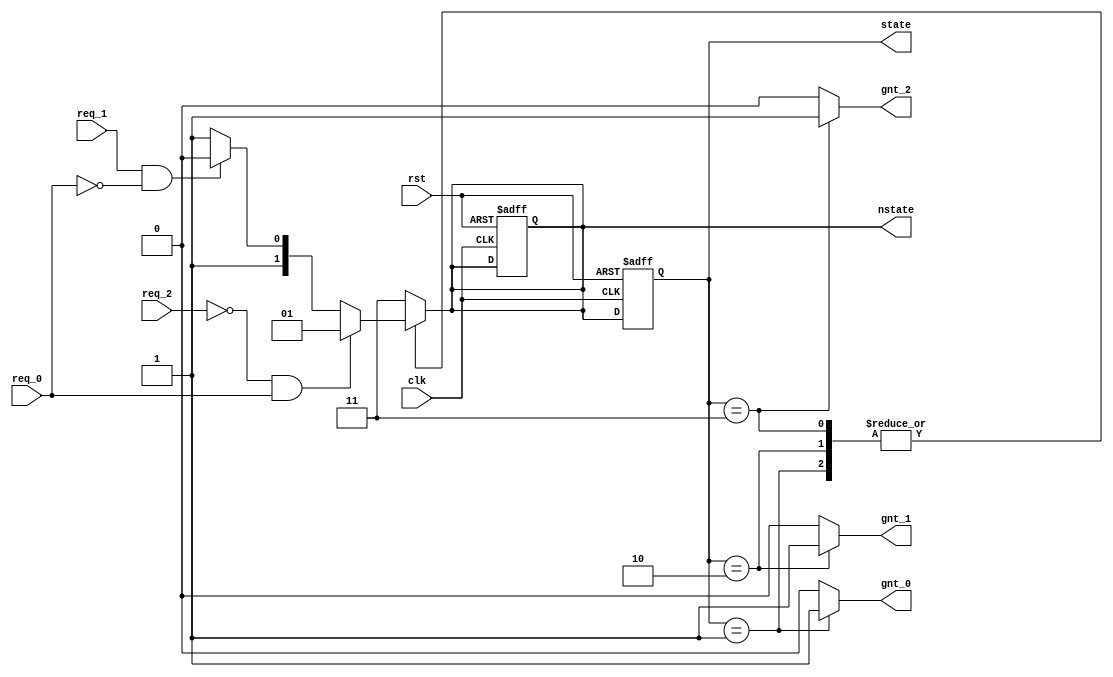
module arbiter(
    req_0,
    req_1,
    req_2, 
    clk, 
    rst, 
    gnt_0, 
    gnt_1, 
    gnt_2,
    state,
    nstate
    );
    
    input  req_0; 
    input  req_1;
    input  req_2;
    input  clk; 
    input  rst; 
    output gnt_0; 
    output gnt_1; 
    output gnt_2;
    output [1:0] state;
    output [1:0] nstate;
  
    reg [1:0] state;    // current state, output is shown at this state
    reg [1:0] nstate;   // next state, input is computed at this state
    reg gnt_0;          // outputs
    reg gnt_1;
    reg gnt_2;
    
    wire gnt_0_out;     // To demonstrate the functionality of this circuit
    wire gnt_1_out;     // an equation was created from a truth table. 
    wire gnt_2_out;     // Wires are created for assign statements to be used as net data types 
                        // seen in the state machine below. 
    
    // Based on the specifications of the design. A truth table was input into
    // a program called Logic Friday which can generate a boolean equation 
    // from the truthtable and minimize the equation. The result is seen below. 
    // These equations fulfill the described conditions. 
    // When only req_0 is asserted, gnt_0 is asserted.
    // "" req_1 "", gnt_1 "".
    // "" req_2 "", gnt_2 "".
    // When both req_0 and req_1 are asserted, then gnt_0 is asserted.
    // "" req_1 and req_2 "", then gnt_1 "".
    // For all other combinations, gnt_2 is asserted.
                        
    assign gnt_0_out = ~req_2 & req_0;
    assign gnt_1_out = req_1 & ~req_0;
    assign gnt_2_out = req_2 & req_0 + ~req_1 & ~req_0;
    
    // reset and update state
    always @( posedge rst or posedge clk )
      begin
        if ( rst )
          begin
            state  <= 2'b00;      // For the reset, I left state 0 as an empty
            nstate <= 2'b00;      // reset state. This is because if you assign 
          end                     // gnt_0 to be associated with state 0, or any output for that matter,
        else                      // then one may run into an issue where gnt_0 is high in instances where it         
          state <= nstate;        // is not wanted to be.
      end
    
    // calculating the next state
    always @( state or req_0 or req_1 or req_2 )
      begin
        case ( state )
          2'b01: if ( gnt_0_out )        // The assign statements created using the 
                   nstate <= 2'b01;      // net data type outputs are used as the conditionals
                 else if ( gnt_1_out )   // in this sequential function.
                   nstate <= 2'b10;      
                 else if ( gnt_2_out )   
                   nstate <= 2'b11;
                 else 
                   nstate <= 2'b11;
          
          2'b10: if ( gnt_0_out )
                   nstate <= 2'b01;
                 else if ( gnt_1_out )
                   nstate <= 2'b10;
                 else if ( gnt_2_out )
                   nstate <= 2'b11;
                 else 
                   nstate <= 2'b11;                  
          
          2'b11: if ( gnt_0_out )
                   nstate <= 2'b01;
                 else if ( gnt_1_out )
                   nstate <= 2'b10;
                 else if ( gnt_2_out )
                   nstate <= 2'b11;
                 else 
                   nstate <= 2'b11;
          
          default: nstate <= 2'b11;                     
        endcase
      end 
    
    // output of the design  
    always @( state )             // Because this is a sequential design
      begin                       // the output will not be realized until one
        case ( state )            // clock cycle after the input is realized.
          2'b01:   begin          // Mentioned above gnt_0 is associated
                     gnt_0 <= 1;  // with state 1 and so on to allow for a reset state 0...     
                     gnt_1 <= 0;
                     gnt_2 <= 0;
                   end   
          2'b10:   begin
                     gnt_0 <= 0;
                     gnt_1 <= 1;
                     gnt_2 <= 0;
                   end                 
          2'b11:   begin
                     gnt_0 <= 0;
                     gnt_1 <= 0;
                     gnt_2 <= 1;
                   end  
          default: begin 
                     gnt_0 <= 0;
                     gnt_1 <= 0;
                     gnt_2 <= 0;
                   end  
        endcase
      end
      
endmodule